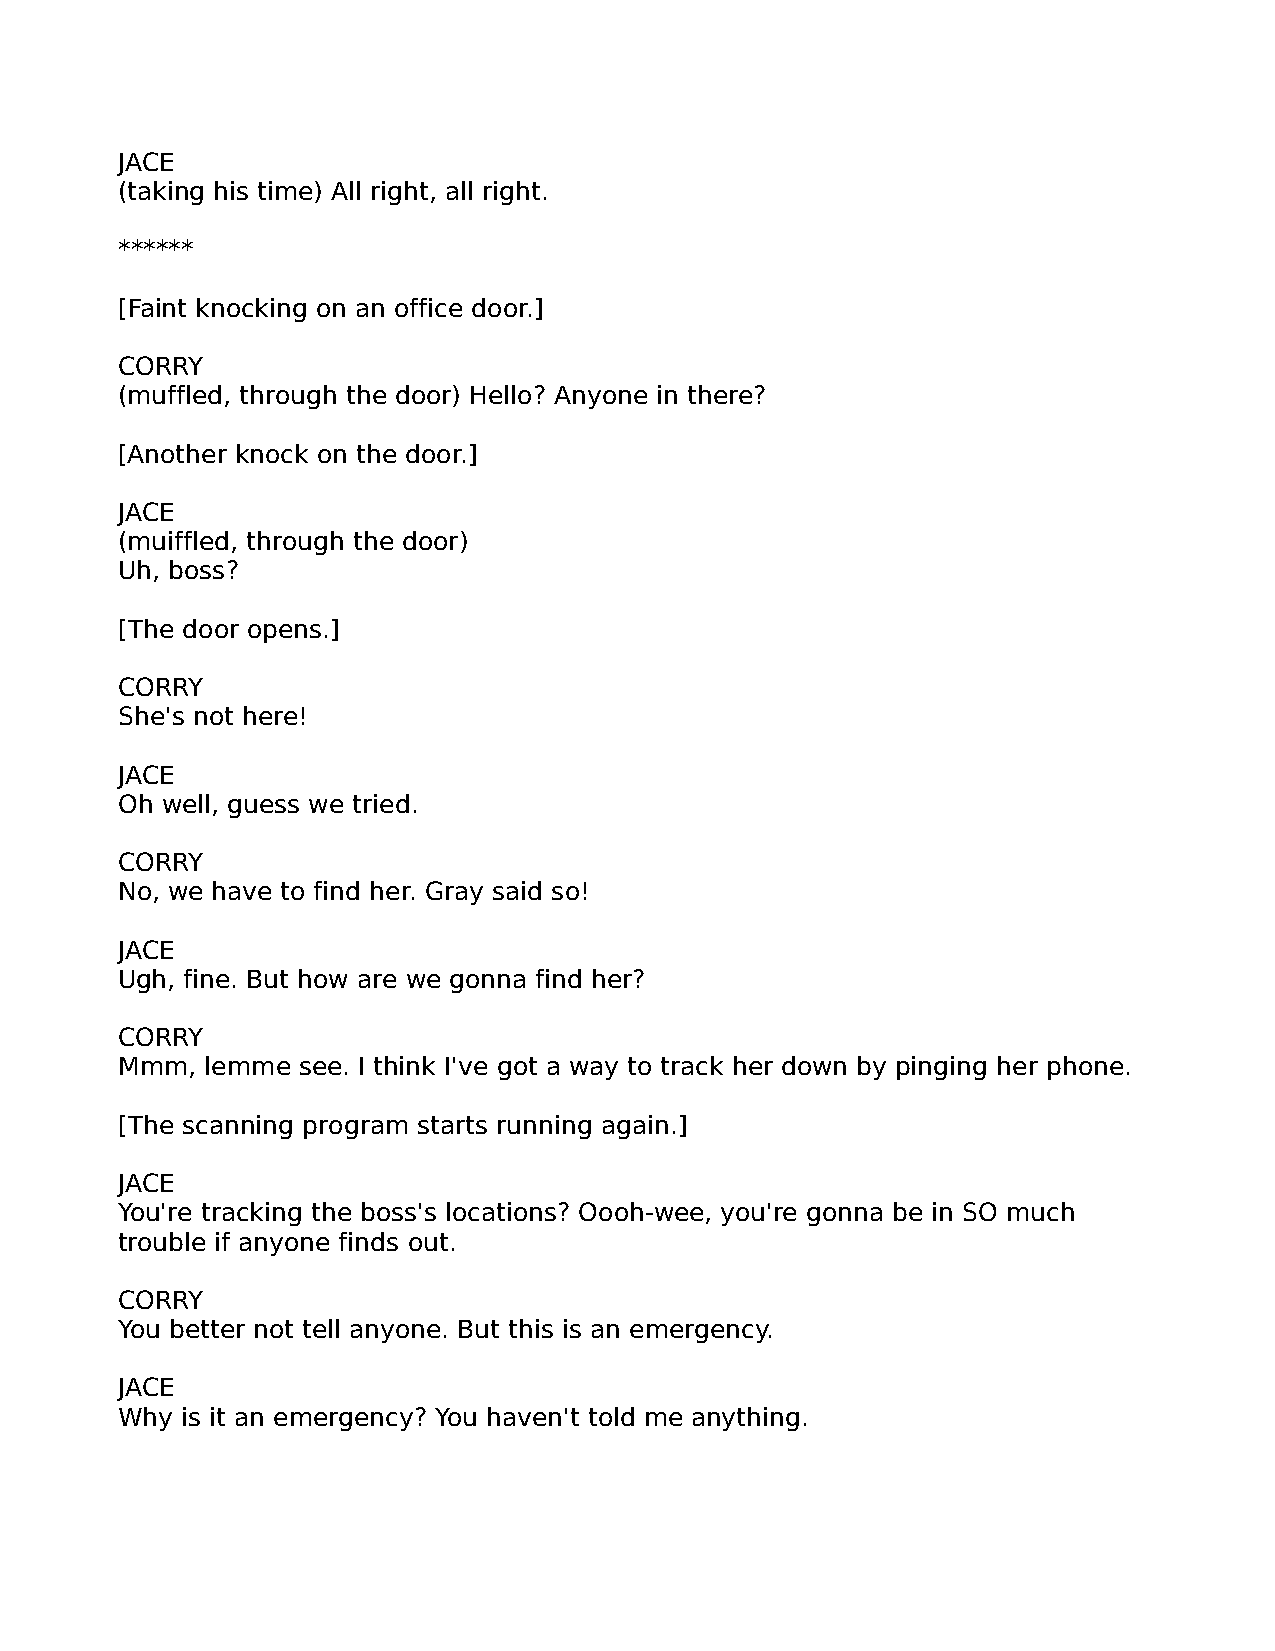
JACE
 (taking his time) All right, all right.
 ******
 [Faint knocking on an office door.]
 CORRY
 (muffled, through the door) Hello? Anyone in there?
 [Another knock on the door.]
 JACE
 (muiffled, through the door)
 Uh, boss?
 [The door opens.]
 CORRY
 She's not here!
 JACE
 Oh well, guess we tried.
 CORRY
 No, we have to find her. Gray said so!
 JACE
 Ugh, fine. But how are we gonna find her?
 CORRY
 Mmm,  lemme see. I think I've got a way to track her down by pinging her phone.
 [The scanning program starts running again.]
 JACE
 You're tracking the boss's locations? Oooh-wee, you're gonna be in SO much
 trouble if anyone finds out.
 CORRY
 You better not tell anyone. But this is an emergency.
 JACE
 Why is it an emergency? You haven't told me anything.